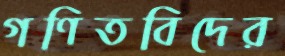
গণিতবিদের